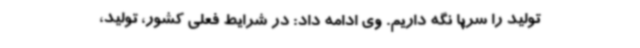
تولید را سرپا نگه داریم. وی ادامه داد: در شرایط فعلی کشور، تولید،